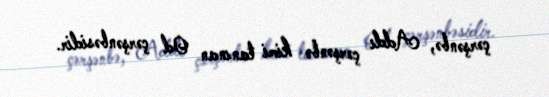
çərşənbə, Addı çərşənbə kimi tanınan Od çərşənbəsidir.